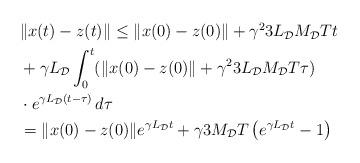
LaTeX: \begin{align*}\begin{aligned}&\|x(t)-z(t)\| \le \|x(0)-z(0) \|+ \gamma^2 3 L_\mathcal{D} M_\mathcal{D} T t\\& + \gamma L_\mathcal{D} \int_0^t (\|x(0)-z(0) \|+ \gamma^2 3 L_\mathcal{D} M_\mathcal{D} T \tau)\\& \cdot e^{\gamma L_\mathcal{D} (t-\tau)}\,d\tau\\ & = \|x(0)-z(0) \| e^{\gamma L_\mathcal{D}t} + \gamma 3 M_\mathcal{D} T \left(e^{\gamma L_\mathcal{D}t} -1\right)\end{aligned}\end{align*}